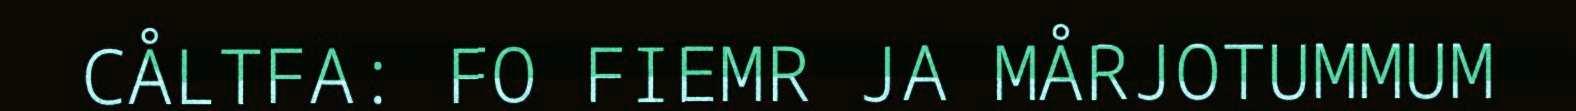
CÅLTFA: FO FIEMR JA MÅRJOTUMMUM